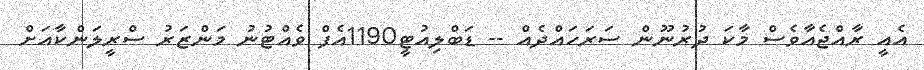
އެއީ ރާއްޖެއާވެސް މާކަ ދުރުނޫން ސަރަހައްދެއް -- ޑަބްލިއުޓީ1190އެފް ވެއްޓުނު މަންޒަރު ސްރީލަންކާއަށް